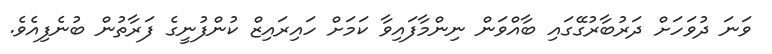
ވަނަ ދުވަހަށް ދަރުބާރުގޭގައި ބާއްވަން ނިންމާފައިވާ ކަމަށް ހައިރައިޒް ކުންފުނީގެ ފަރާތުން ބުނެފިއެވެ.